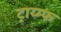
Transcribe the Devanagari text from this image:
ट्राय्म्फ